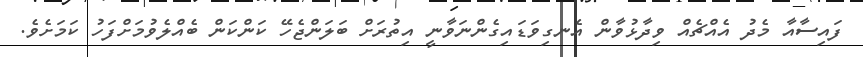
ފައިސާއާ މެދު އެއްޗެއް ވިދާޅުވާން އެނގިވަޑައިގެންނަވާނީ އިތުރަށް ބަލަންޖެހޭ ކަންކަން ބެއްލެވުމަށްފަހު ކަމަށެވެ.